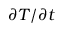
{ { \partial T } \mathord { \left/ { \vphantom { { \partial T } { \partial t } } } \right. \kern - \nulldelimiterspace } { \partial t } }